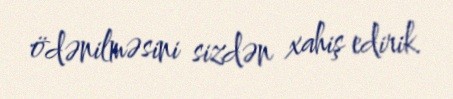
ödənilməsini sizdən xahiş edirik.